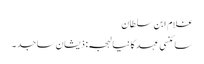
غلام ابن سلطان
سائنسی عہد کا نیا لہجہ: ذیشان ساجد ۔